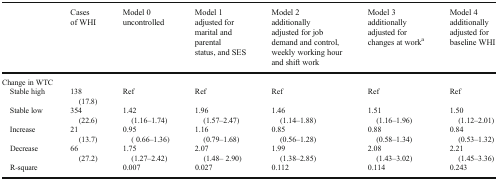
<table><thead><tr><td></td><td><b>Cases of WHI</b></td><td><b>Model 0 uncontrolled</b></td><td><b>Model 1 adjusted for marital and parental status, and SES</b></td><td><b>Model 2 additionally adjusted for job demand and control, weekly working hour and shift work</b></td><td><b>Model 3 additionally adjusted for changes at work<sup>a</sup></b></td><td><b>Model 4 additionally adjusted for baseline WHI</b></td></tr></thead><tbody><tr><td colspan="7">Change in WTC</td></tr><tr><td> Stable high</td><td>138 (17.8)</td><td>Ref</td><td>Ref</td><td>Ref</td><td>Ref</td><td>Ref</td></tr><tr><td> Stable low</td><td>354 (22.6)</td><td>1.42 (1.16–1.74)</td><td>1.96 (1.57–2.47)</td><td>1.46 (1.14–1.88)</td><td>1.51 (1.16–1.96)</td><td>1.50 (1.12–2.01)</td></tr><tr><td> Increase</td><td>21 (13.7)</td><td>0.95 ( 0.66–1.36)</td><td>1.16 (0.79–1.68)</td><td>0.85 (0.56–1.28)</td><td>0.88 (0.58–1.34)</td><td>0.84 (0.53–1.32)</td></tr><tr><td> Decrease</td><td>66 (27.2)</td><td>1.75 (1.27–2.42)</td><td>2.07 (1.48– 2.90)</td><td>1.99 (1.38–2.85)</td><td>2.08 (1.43–3.02)</td><td>2.21 (1.45–3.36)</td></tr><tr><td> R-square</td><td></td><td>0.007</td><td>0.027</td><td>0.112</td><td>0.114</td><td>0.243</td></tr></tbody></table>